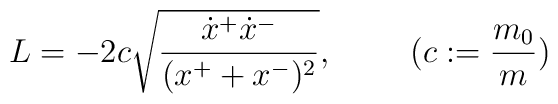
L=-2c\sqrt{\frac{\dot x^+\dot x^-}{(x^++x^-)^2}},~~~~~~~(c:=\frac{m_0}{m})